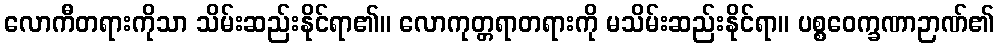
လောကီတရားကိုသာ သိမ်းဆည်းနိုင်ရာ၏။ လောကုတ္တရာတရားကို မသိမ်းဆည်းနိုင်ရာ။ ပစ္စဝေက္ခဏာဉာဏ်၏